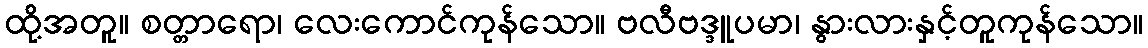
ထို့အတူ။ စတ္တာရော၊ လေးကောင်ကုန်သော။ ဗလီဗဒ္ဒူပမာ၊ နွားလားနှင့်တူကုန်သော။